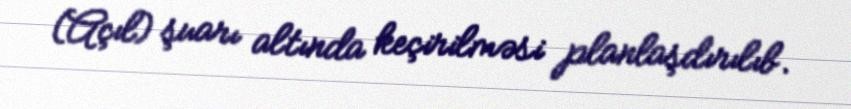
(Açıl) şuarı altında keçirilməsi planlaşdırılıb.